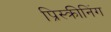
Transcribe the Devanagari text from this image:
प्रिस्क्रीनिंग